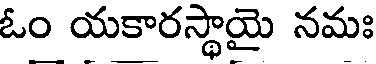
ఓం యకారస్థాయై నమః